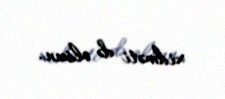
xidməti də olsun.